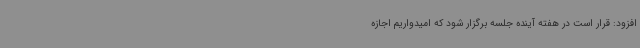
افزود: قرار است در هفته آینده جلسه برگزار شود که امیدواریم اجازه